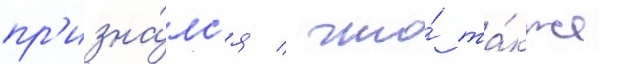
пр'изна́лс'я / что́ та́кже